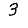
Digit: 3